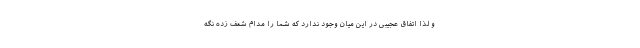
و لذا اتفاق عجیبی در این میان وجود ندارد که شما را مدام شعف زده نگه